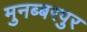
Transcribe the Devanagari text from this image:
मुनब्बरपुर